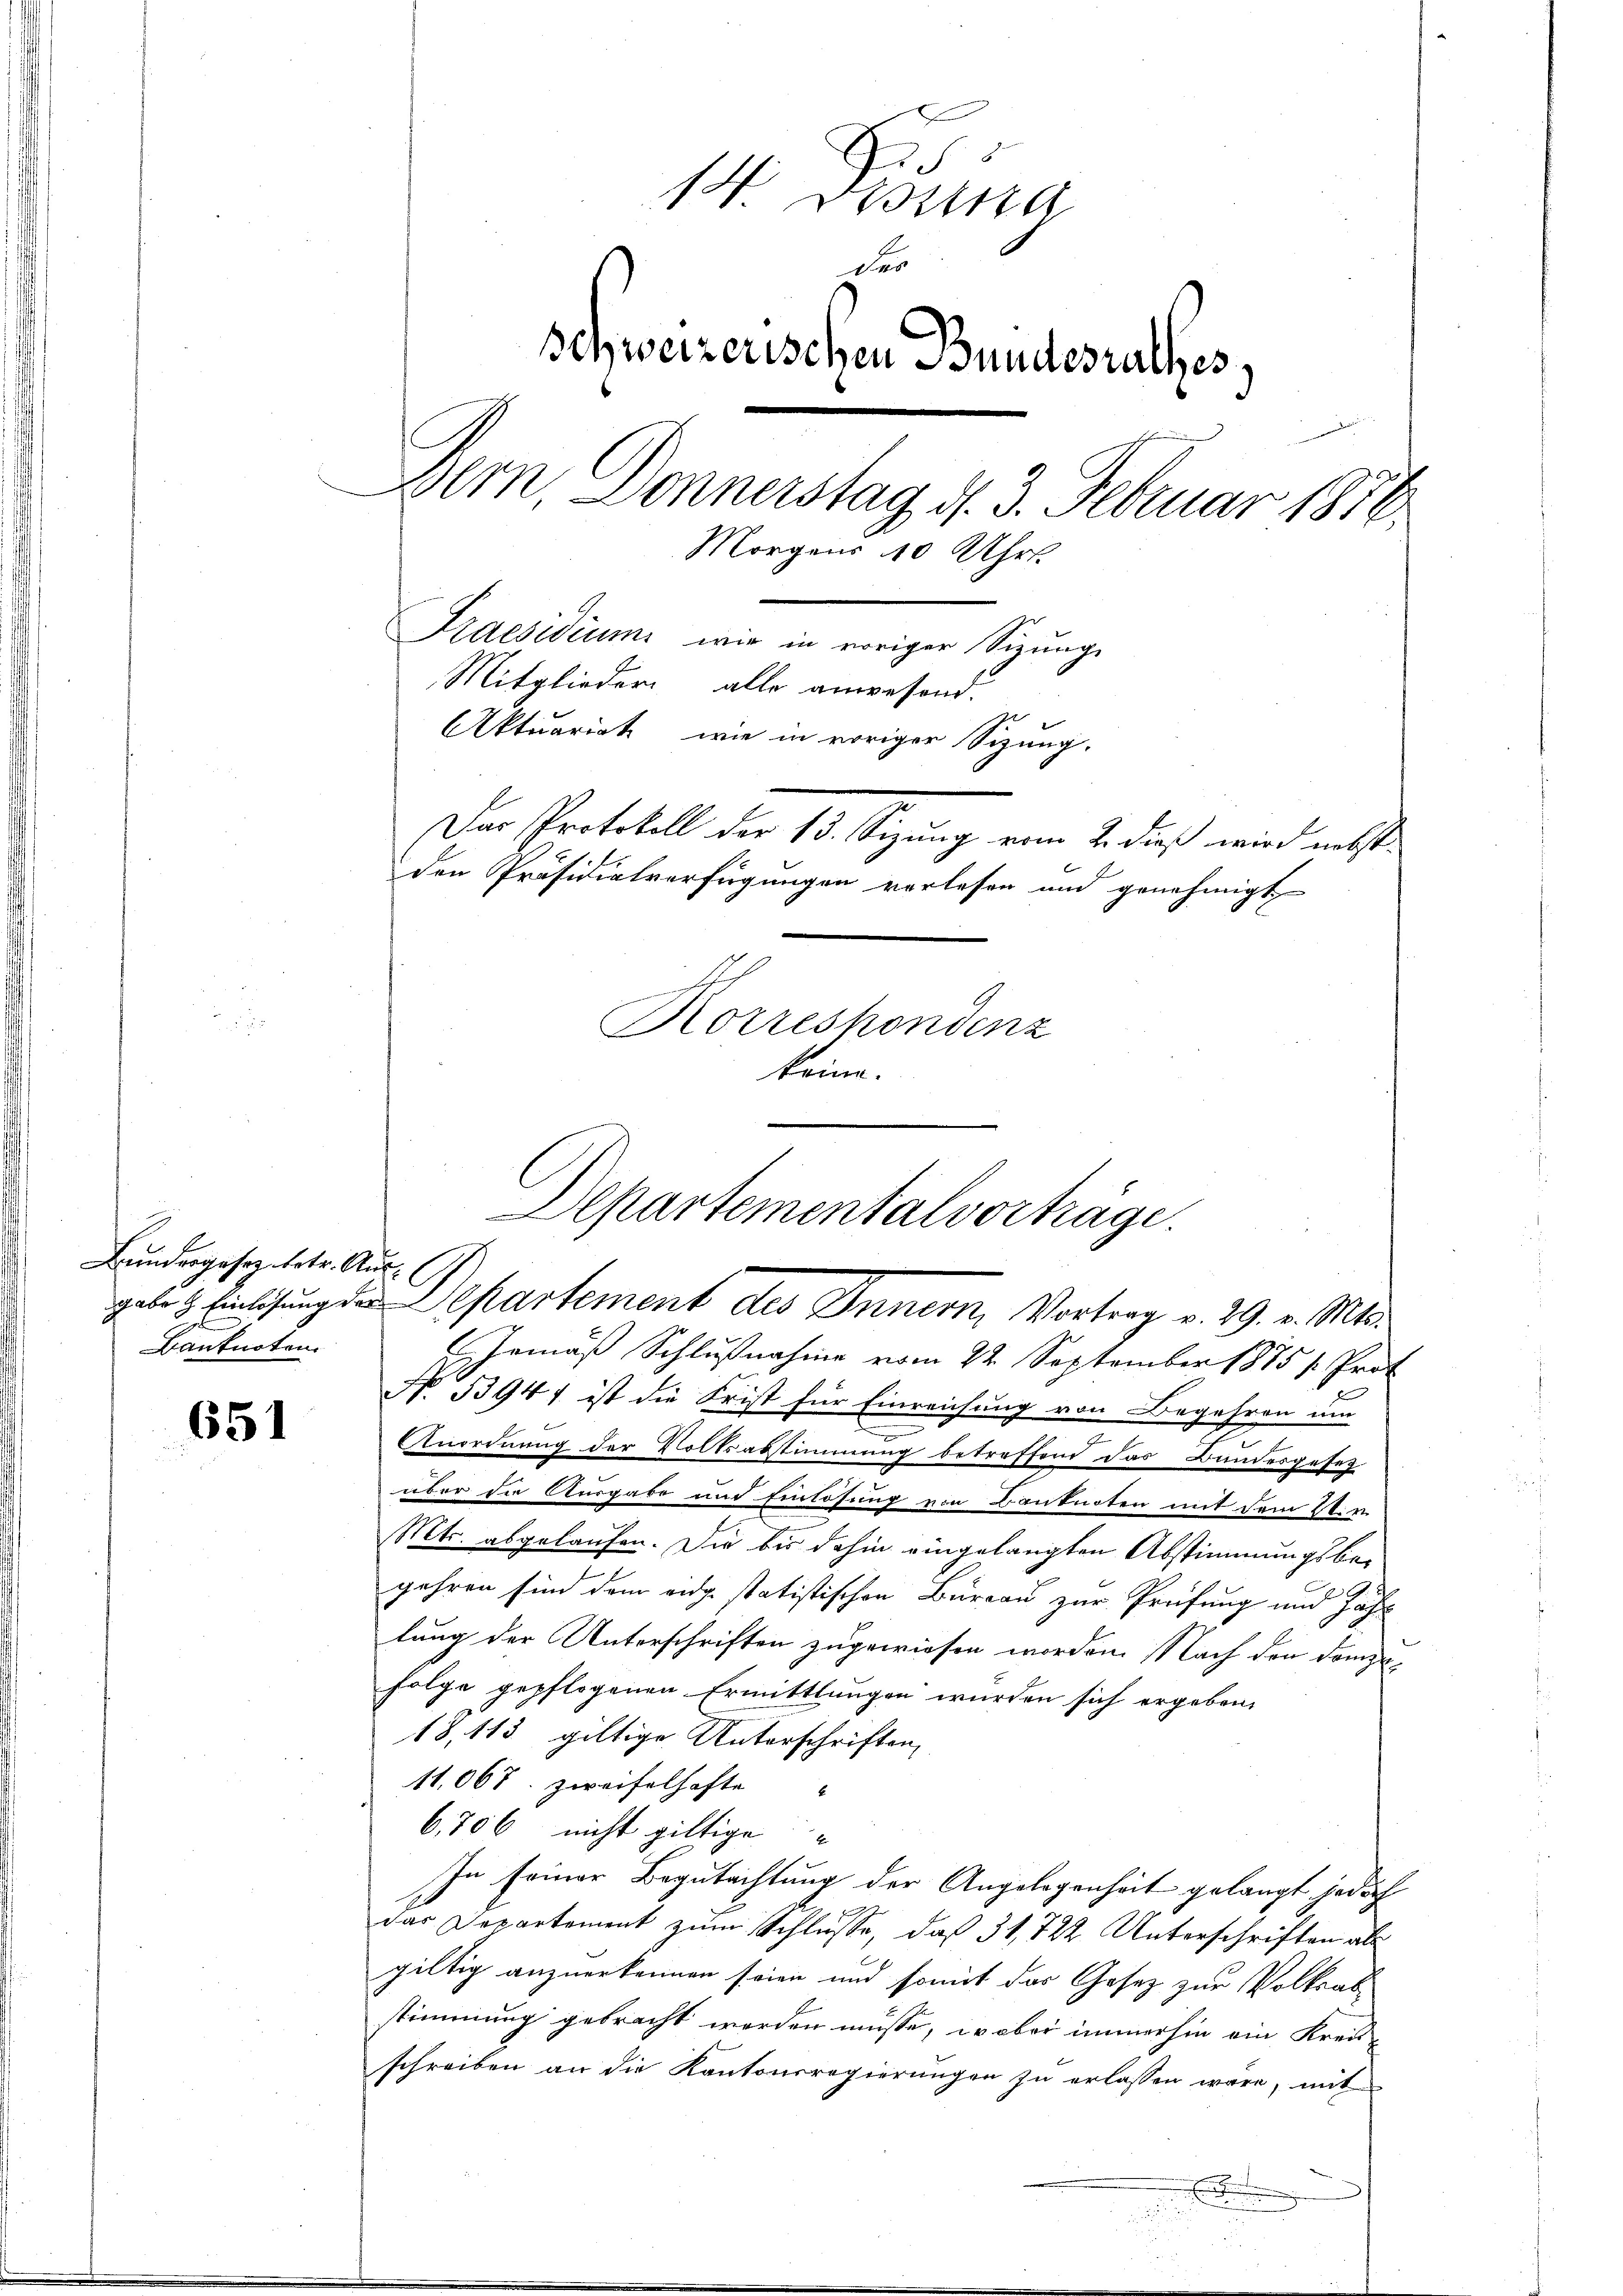
Bundesgesez betr. Aus¬
Banknoten.

651

5
 B
der
Schweizerischen Bundesrathes
Bern, Donnerstag d. 3. Februar 1876.
Morgens 10 Uhr
Praesidium wir in voriger Sizunge
Mitglieder alle anwesend.
Aktuariat wie in voriger Sitzung.
Der Protokoll der 13. Stigung vom 2. dieß wird nebst
den Präsidialverfügungen vorlesen und genehmigt
Korrespondenz
keine.

Gemäß Schlußnahme vom 22 September 1875 s. Prot
No 33941 ist die Frist für Einreichung von Begehren um
d
Anordnung der Volksabstimmung betreffend das Bundesgesez
über die Ausgabe und Einlösung von Kanknoten mit dem 20. v.
Mts. abgelaufen. Die bis dahin eingelangten Abstimmungsbegehren sind dem eidg. statistischen Bureau zur Prüfung und Jahr
lung der Unterschriften zugewiesen worden. Nach den demzufolge gepflogenen Ermittlungen wurden sich ergebene
18, 113 giltige Unterschriften,
11,067. Zweifelhafte
6,706 nicht giltige
In seiner Begutachtung der Angelegenheit gelangt jedoch
das Departement zum Schlüsse, daß 31, 722 Unterschriften als
gültig anzuerkennen seien und somit das Gesetz zur Volksab
stimmung gebracht werden müsse, wobei immerhin ein Kreis-
schreiben an die Kantonsregierungen zu erlassen wäre, mit

u

Departementalvorträge.
gabe & Einleitung der Departement des Innern, Vortrag v. 29. v. Mts.